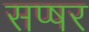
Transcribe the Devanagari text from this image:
सप्षर